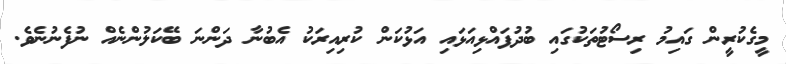
މީގެކުރީން ގައިމު ރިސޯޓުތަކުގައި ބުދުފައްޅިއަޅައި އަޅުކަން ކުރިއިރަކު އެބުނާ ދަންނަ ބޭކަލުންނެއް ނުފެނުނެވެ.